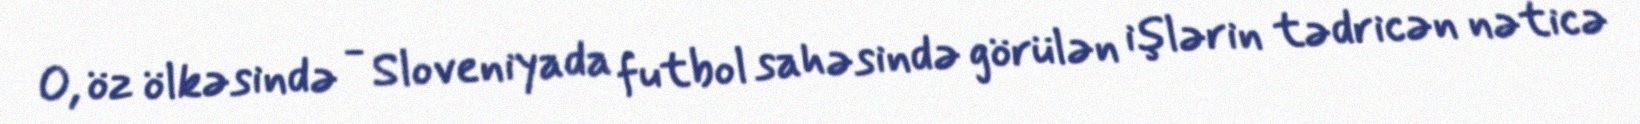
O, öz ölkəsində - Sloveniyada futbol sahəsində görülən işlərin tədricən nəticə